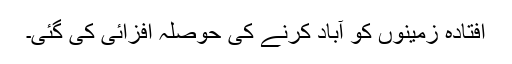
افتادہ زمینوں کو آباد کرنے کی حوصلہ افزائی کی گئی۔